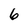
Character: 6